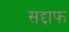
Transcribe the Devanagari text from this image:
सद्दाफ